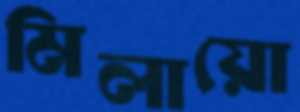
মিলায়ো